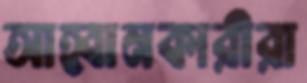
আহ্বানকারীরা